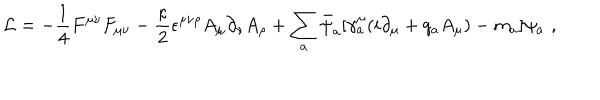
{ \cal L } = - \frac { 1 } { 4 } F ^ { \mu \nu } F _ { \mu \nu } - \frac { \kappa } { 2 } \epsilon ^ { \mu \nu \rho } A _ { \mu } \partial _ { \nu } A _ { \rho } + \sum _ { a } \bar { \psi } _ { a } [ \gamma _ { a } ^ { \mu } ( i \partial _ { \mu } + q _ { a } A _ { \mu } ) - m _ { a } ] \psi _ { a } \, \, ,